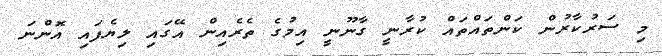
މި ސަރުކާރުން ކަންތައްތައް ކުރާނީ ގާނޫނީ އިމުގެ ތެރެއިން އޭގައި ލިޔެފައި އޮންނަ